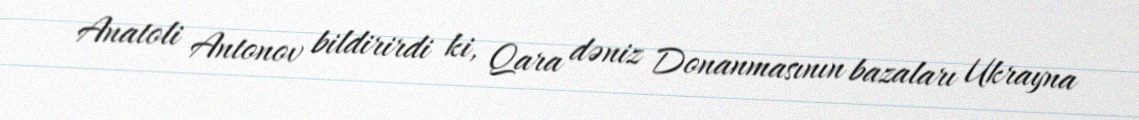
Anatoli Antonov bildirirdi ki, Qara dəniz Donanmasının bazaları Ukrayna